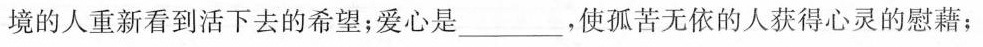
境的人重新看到活下去的希望；爱心是___，使孤苦无依的人获得心灵的慰藉；